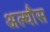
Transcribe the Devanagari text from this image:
अल्धौस